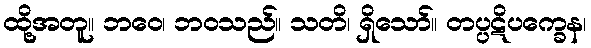
ထို့အတူ။ ဘဝေ၊ ဘဝသည်။ သတိ၊ ရှိသော်။ တပ္ပဋိပက္ခေန၊